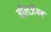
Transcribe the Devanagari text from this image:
बीलज़ेबब